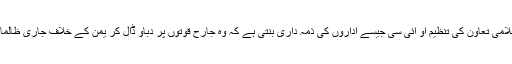
درحقیقت یہ اقوام متحدہ اور اسلامی تعاون کی تنظیم او آئی سی جیسے اداروں کی ذمہ داری بنتی ہے کہ وہ جارح قوتوں پر دباو ڈال کر یمن کے خلاف جاری ظالمانہ محاصرے کو ختم کروائیں۔